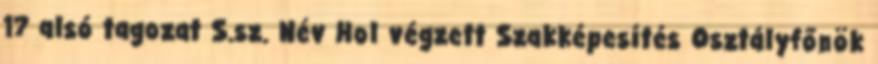
17 alsó tagozat S.sz. Név Hol végzett Szakképesítés Osztályfőnök